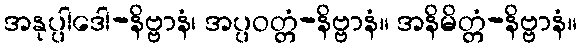
အနုပ္ပါဒေါ-နိဗ္ဗာနံ၊ အပ္ပဝတ္တံ-နိဗ္ဗာနံ။ အနိမိတ္တံ-နိဗ္ဗာနံ။